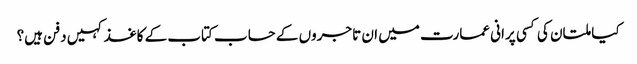
کیا ملتان کی کسی پرانی عمارت میں ان تاجروں کے حساب کتاب کے کاغذ کہیں دفن ہیں؟